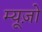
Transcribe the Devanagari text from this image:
म्यूज़ो